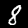
Label: 8